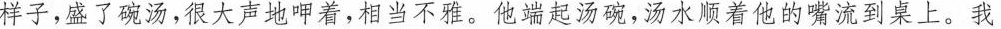
样子，盛了碗汤，很大声地呷着，相当不雅，他端起汤碗，汤水照着他的嘴流到桌上。我